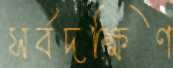
সর্বদক্ষিণ